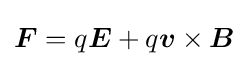
{\boldsymbol {F}}=q{\boldsymbol {E}}+q{\boldsymbol {v}}\times {\boldsymbol {B}}